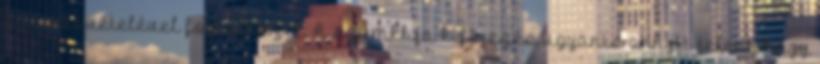
számbavételével foglalkozik. A számkhja kifejezés ugyanis annyit jelent, hogy